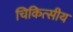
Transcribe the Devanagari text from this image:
चिकित्‍सीय